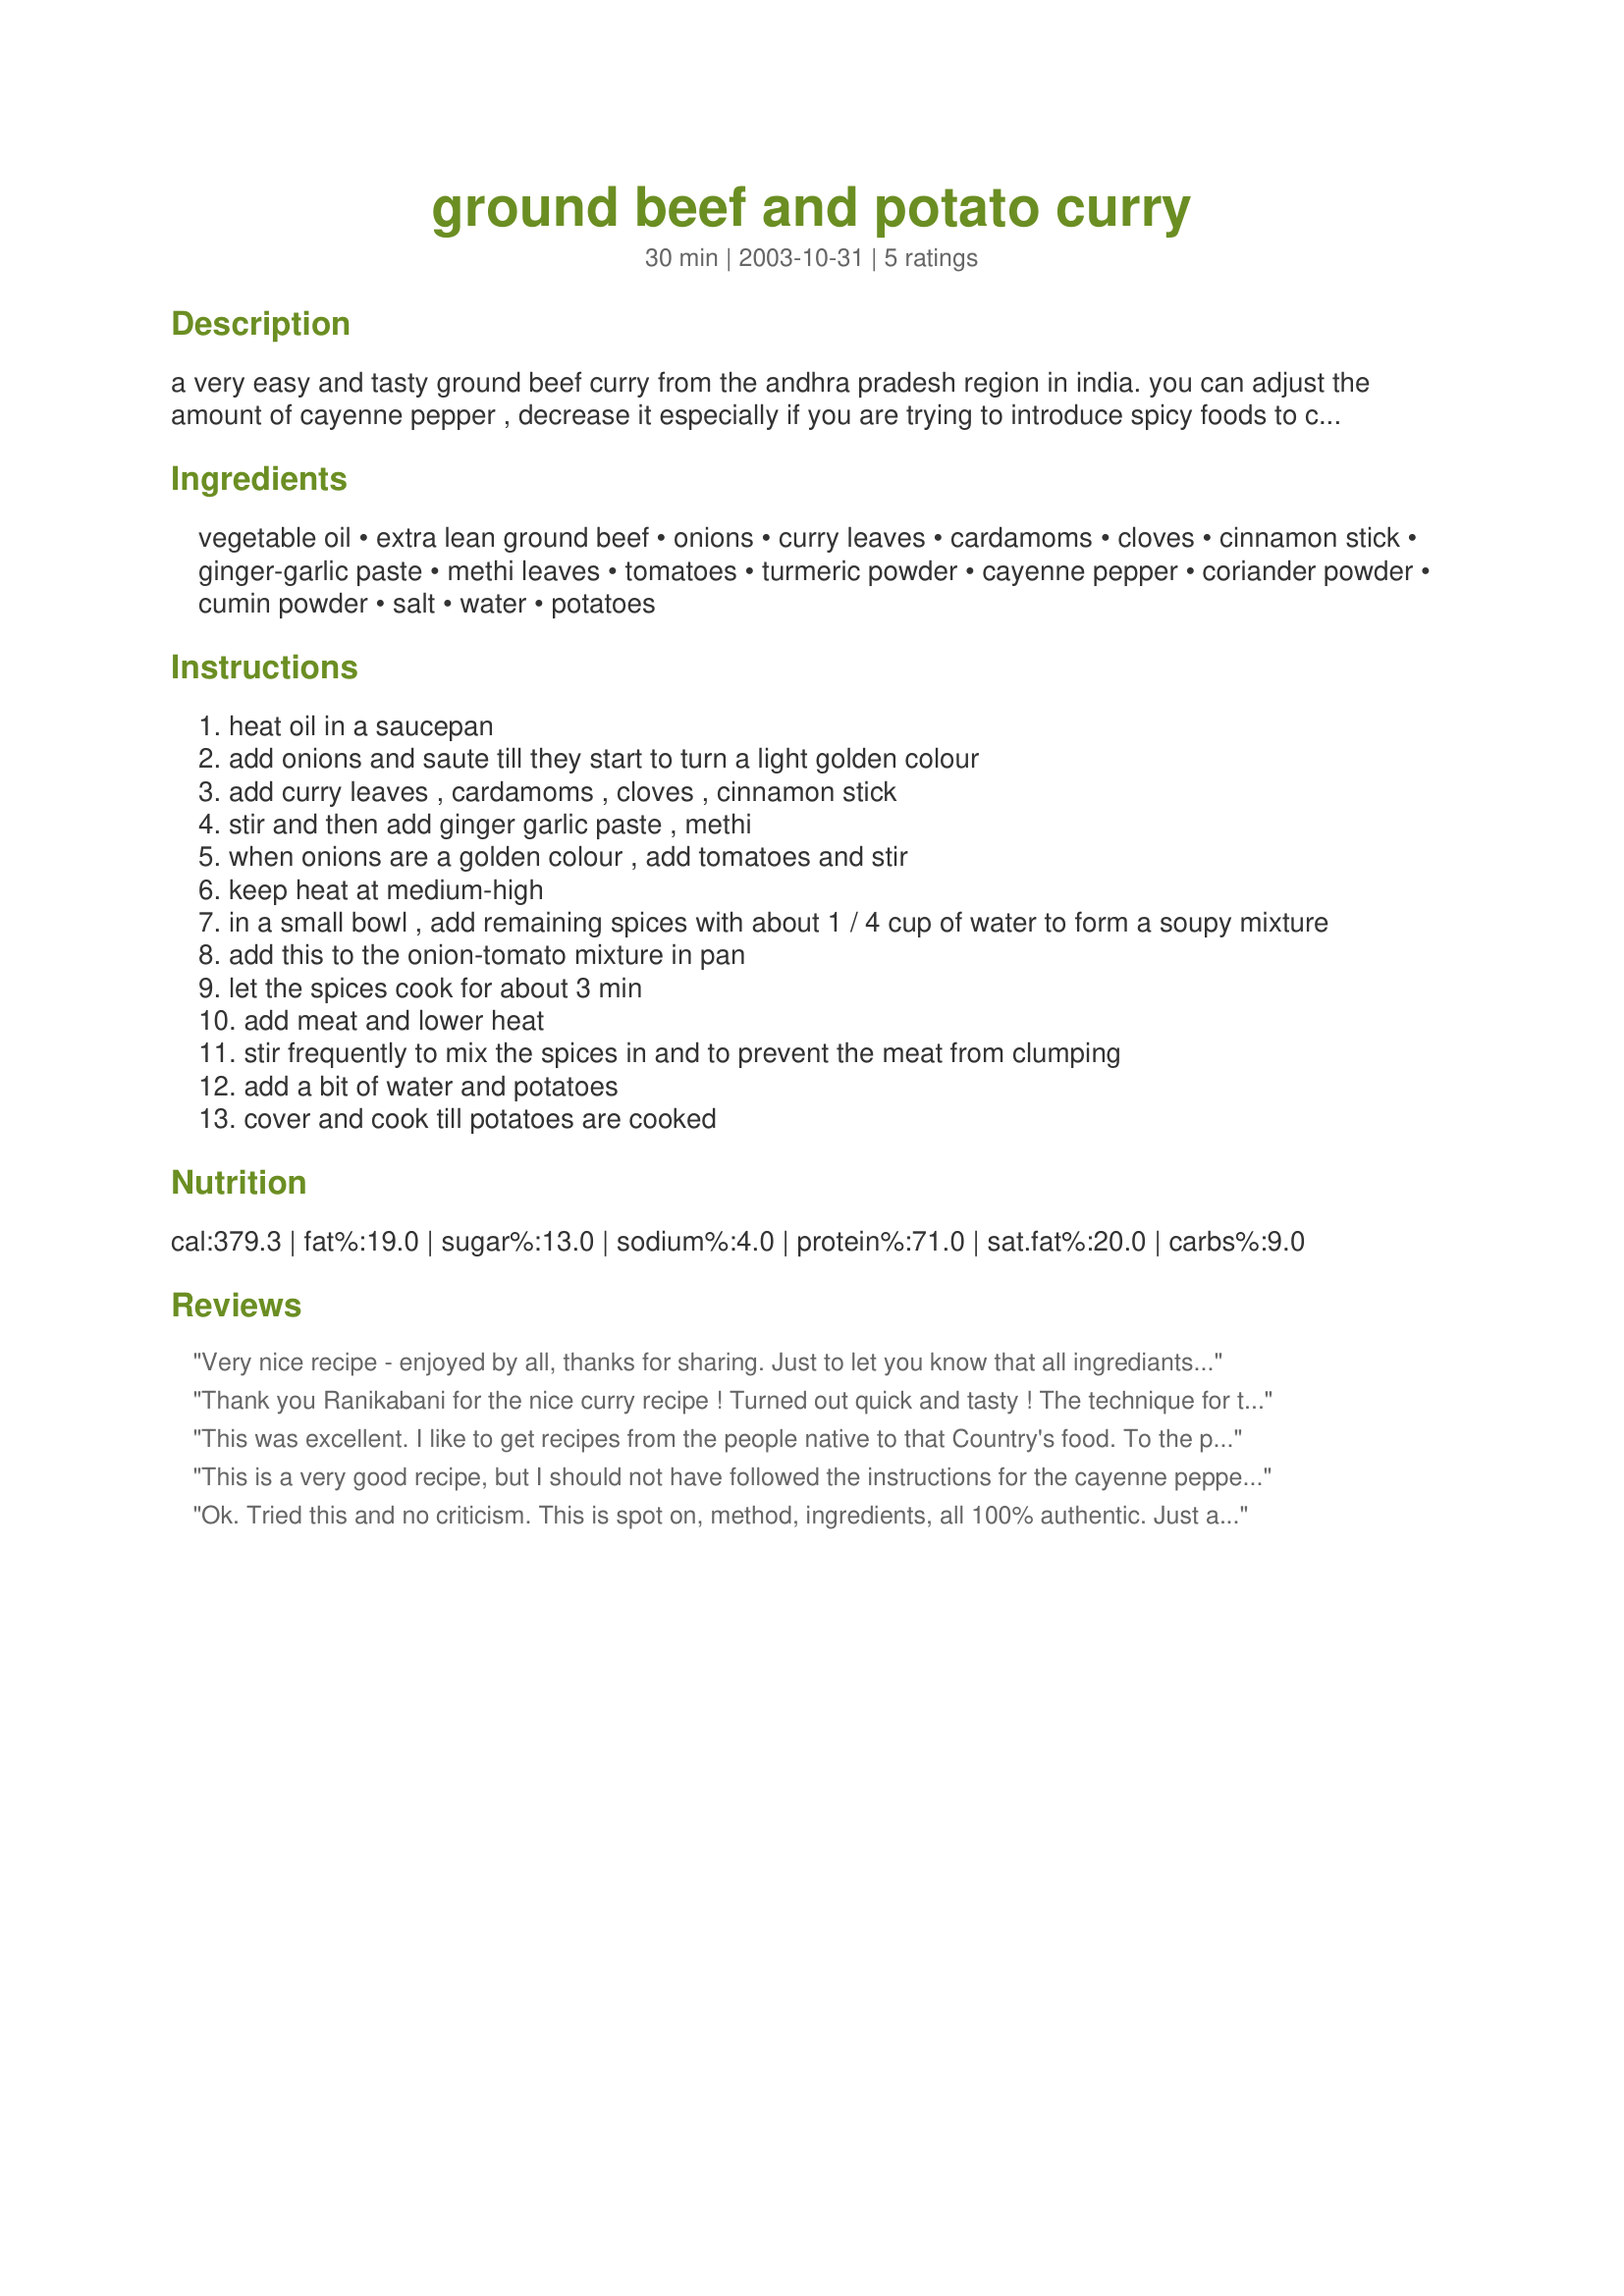
ground beef and potato curry
Preparation time: 30 minutes

a very easy and tasty ground beef curry from the andhra pradesh region in india. you can adjust the amount of cayenne pepper , decrease it especially if you are trying to introduce spicy foods to children or to people who are not used to it. or, you can increase it if you like it hot!!!

Ingredients:
vegetable oil, extra lean ground beef, onions, curry leaves, cardamoms, cloves, cinnamon stick, ginger-garlic paste, methi leaves, tomatoes, turmeric powder, cayenne pepper, coriander powder, cumin powder, salt, water, potatoes

Steps:
heat oil in a saucepan
add onions and saute till they start to turn a light golden colour
add curry leaves , cardamoms , cloves , cinnamon stick
stir and then add ginger garlic paste , methi
when onions are a golden colour , add tomatoes and stir
keep heat at medium-high
in a small bowl , add remaining spices with about 1 / 4 cup of water to form a soupy mixture
add this to the onion-tomato mixture in pan
let the spices cook for about 3 min
add meat and lower heat
stir frequently to mix the spices in and to prevent the meat from clumping
add a bit of water and potatoes
cover and cook till potatoes are cooked

Reviews:
Very nice recipe - enjoyed by all, thanks for sharing. Just to let you know that all ingrediants were spot on - please note that the cayenne is TEASPOONS, not TABLESPOONS.
Thank you Ranikabani for the nice curry recipe ! Turned out quick and tasty ! The technique for the curry is excellent, and one can adjust spices as required. Thank you !
This was excellent. I like to get recipes from the people native to that Country's food. To the person who said they should of not followed the recipe when it came to cayenne pepper. Rani did say to adjust it to your taste.
This is a very good recipe, but I should not have followed the instructions for the cayenne pepper (as much or as little as you like) because 1 and 1/2 TABLESPOONS of cayenne was a bit too much. It did make for a very good hot (and I mean HOT) supper.
Ok. Tried this and no criticism. This is spot on, method, ingredients, all 100% authentic. Just a few tips. I live in the south of Spain and canÂ´t get it BUT, this SHOULD be made with lamb, preferably Halal, (just that it tends to taste better and fresher)and cut the potatoes into smaller 1" cubes. Finish with chopped, fresh cilantro on the top. It really makes the difference.
